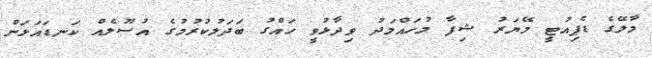
މާލޭގެ ޑެޕިއުޓީ މޭޔަރު ޝިފާ މުހައްމަދު ވިދާޅުވީ ހައްގު ބަދަލުކުރުމުގެ އުސޫލެއް ކަނޑައަޅަން